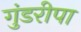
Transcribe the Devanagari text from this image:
गुंडरीपा